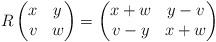
LaTeX: \begin{align*} R\begin{pmatrix} x & y \\ v & w \end{pmatrix} = \begin{pmatrix} x+w & y-v \\ v-y & x+w\end{pmatrix}\end{align*}